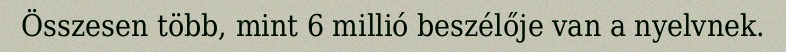
Összesen több, mint 6 millió beszélője van a nyelvnek.